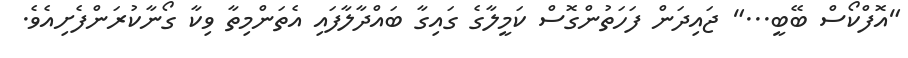
"އޮފްކޯސް ބޭބީ..." ޖައިދަން ފަހަތުންގޮސް ކަމީލާގެ ގައިގާ ބައްދާލާފައި އެތަންމިތާ ވިކާ ގޯނާކުރަންފެށިއެވެ.